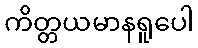
ကိတ္တယမာနရူပေါ